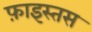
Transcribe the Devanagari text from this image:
फ़ाइस्तस